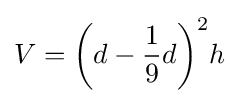
V={\bigg (}d-{\frac {1}{9}}d{\bigg )}^{2}h